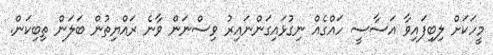
މީހަކަށް ލިބިފައިވާ އަސާސީ ހައްގެއް ނިގުޅައިގަންނައިރު ވިސްނަން ވާނެ ރައްޔިތުން ބަލަން ތިބިކަން.